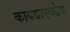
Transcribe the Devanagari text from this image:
कायद्याएवढेच